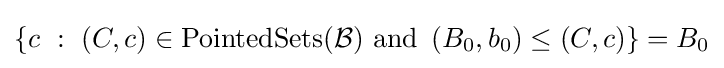
\left\{c~:~(C,c)\in \operatorname {PointedSets} ({\mathcal {B}}){\text{ and }}\left(B_{0},b_{0}\right)\leq (C,c)\right\}=B_{0}